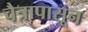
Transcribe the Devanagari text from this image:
चैत्रापासून